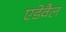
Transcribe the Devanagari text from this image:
एडेवैल